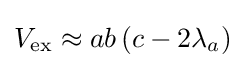
V_{\mathrm {ex} }\approx ab\left(c-2\lambda _{a}\right)